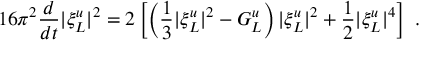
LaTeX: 1 6 \pi ^ { 2 } \frac { d } { d t } | \xi _ { L } ^ { u } | ^ { 2 } = 2 \left[ \left( \frac { 1 } { 3 } | \xi _ { L } ^ { u } | ^ { 2 } - G _ { L } ^ { u } \right) | \xi _ { L } ^ { u } | ^ { 2 } + \frac { 1 } { 2 } | \xi _ { L } ^ { u } | ^ { 4 } \right] \ .